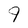
Character: 9